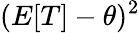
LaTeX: (E[T]-\theta)^{2}